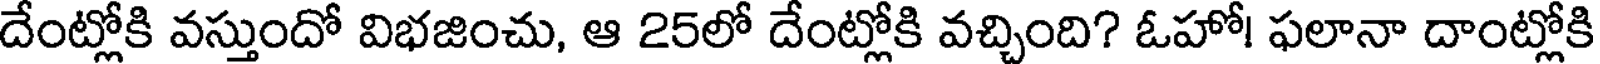
దేంట్లోకి వస్తుందో విభజించు, ఆ 25లో దేంట్లోకి వచ్చింది? ఓహో! ఫలానా దాంట్లోకి